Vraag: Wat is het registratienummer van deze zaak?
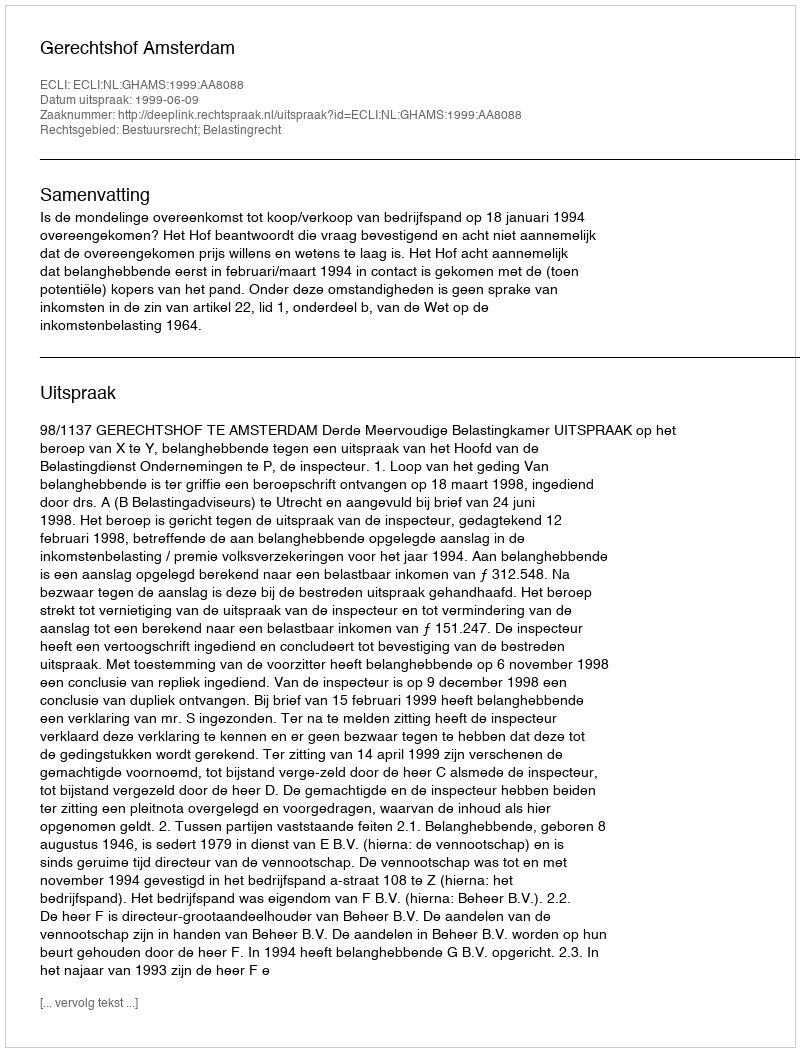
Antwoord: http://deeplink.rechtspraak.nl/uitspraak?id=ECLI:NL:GHAMS:1999:AA8088